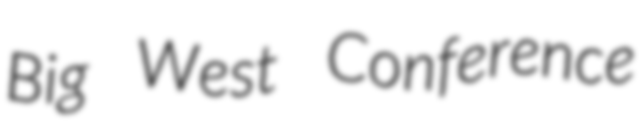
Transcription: Big West Conference